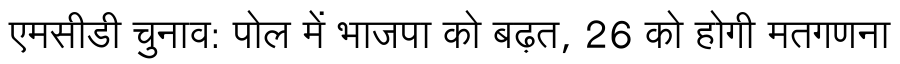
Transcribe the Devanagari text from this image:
एमसीडी चुनाव: पोल में भाजपा को बढ़त, 26 को होगी मतगणना